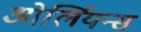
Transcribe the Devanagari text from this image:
ओर्लियन्स